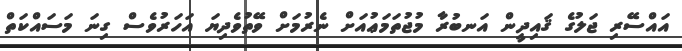
އައްސޭރި ޖަލުގެ ޤައިދީން އަނބުރާ މުޖުތަމަޢުއަށް ނެރުމަށް ވޭތުވެދިޔަ އަހަރުވެސް ގިނަ މަސައްކަތް